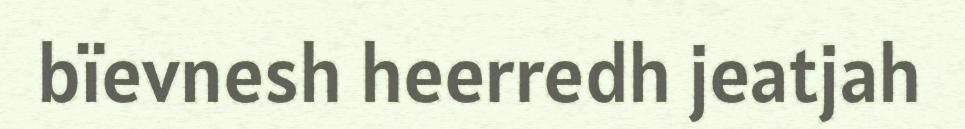
bïevnesh heerredh jeatjah